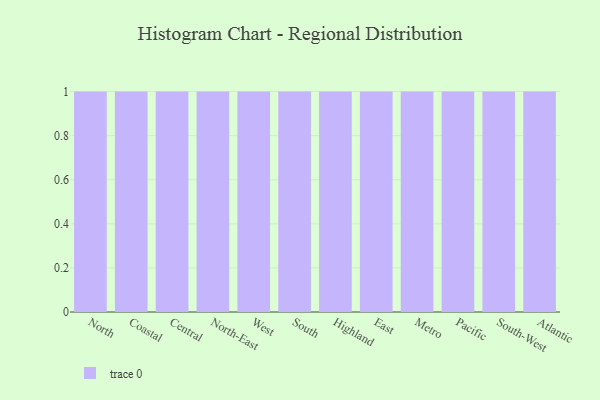
{"axis": {"x": "Region", "y": "Page Views"}, "legend": [""], "data": [{"x": "North", "y": 89, "type": ""}, {"x": "Coastal", "y": 82, "type": ""}, {"x": "Central", "y": 58, "type": ""}, {"x": "North-East", "y": 85, "type": ""}, {"x": "West", "y": 90, "type": ""}, {"x": "South", "y": 83, "type": ""}, {"x": "Highland", "y": 51, "type": ""}, {"x": "East", "y": 8, "type": ""}, {"x": "Metro", "y": 8, "type": ""}, {"x": "Pacific", "y": 8, "type": ""}, {"x": "South-West", "y": 46, "type": ""}, {"x": "Atlantic", "y": 27, "type": ""}]}